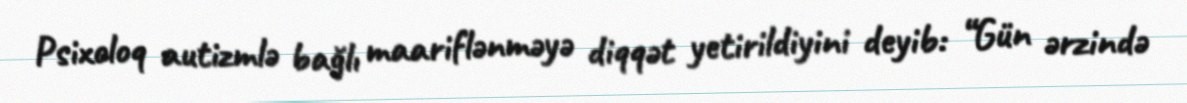
Psixoloq autizmlə bağlı maariflənməyə diqqət yetirildiyini deyib: “Gün ərzində